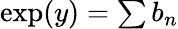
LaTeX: \textstyle\exp(y)=\sum b_{n}